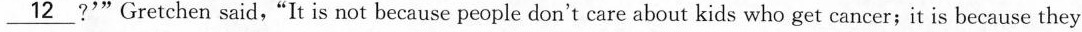
\underline{12} ?'"Gretchen said,"It is not because people don't care about kids who get cancer;it is because they